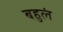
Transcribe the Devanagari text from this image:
बहुलं